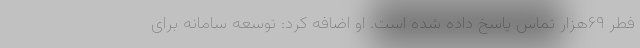
فطر ۶۹هزار تماس پاسخ داده شده است. او اضافه کرد: توسعه سامانه برای